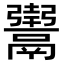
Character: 𬴸